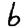
Digit: 6